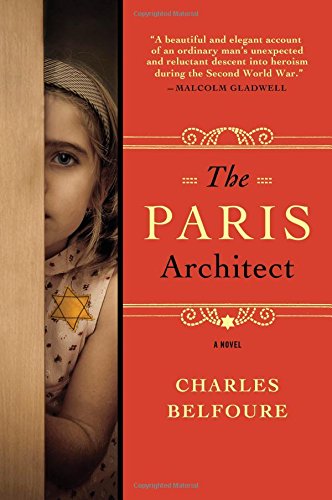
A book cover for The Paris Architect: A Novel; Charles Belfoure; Literature & Fiction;